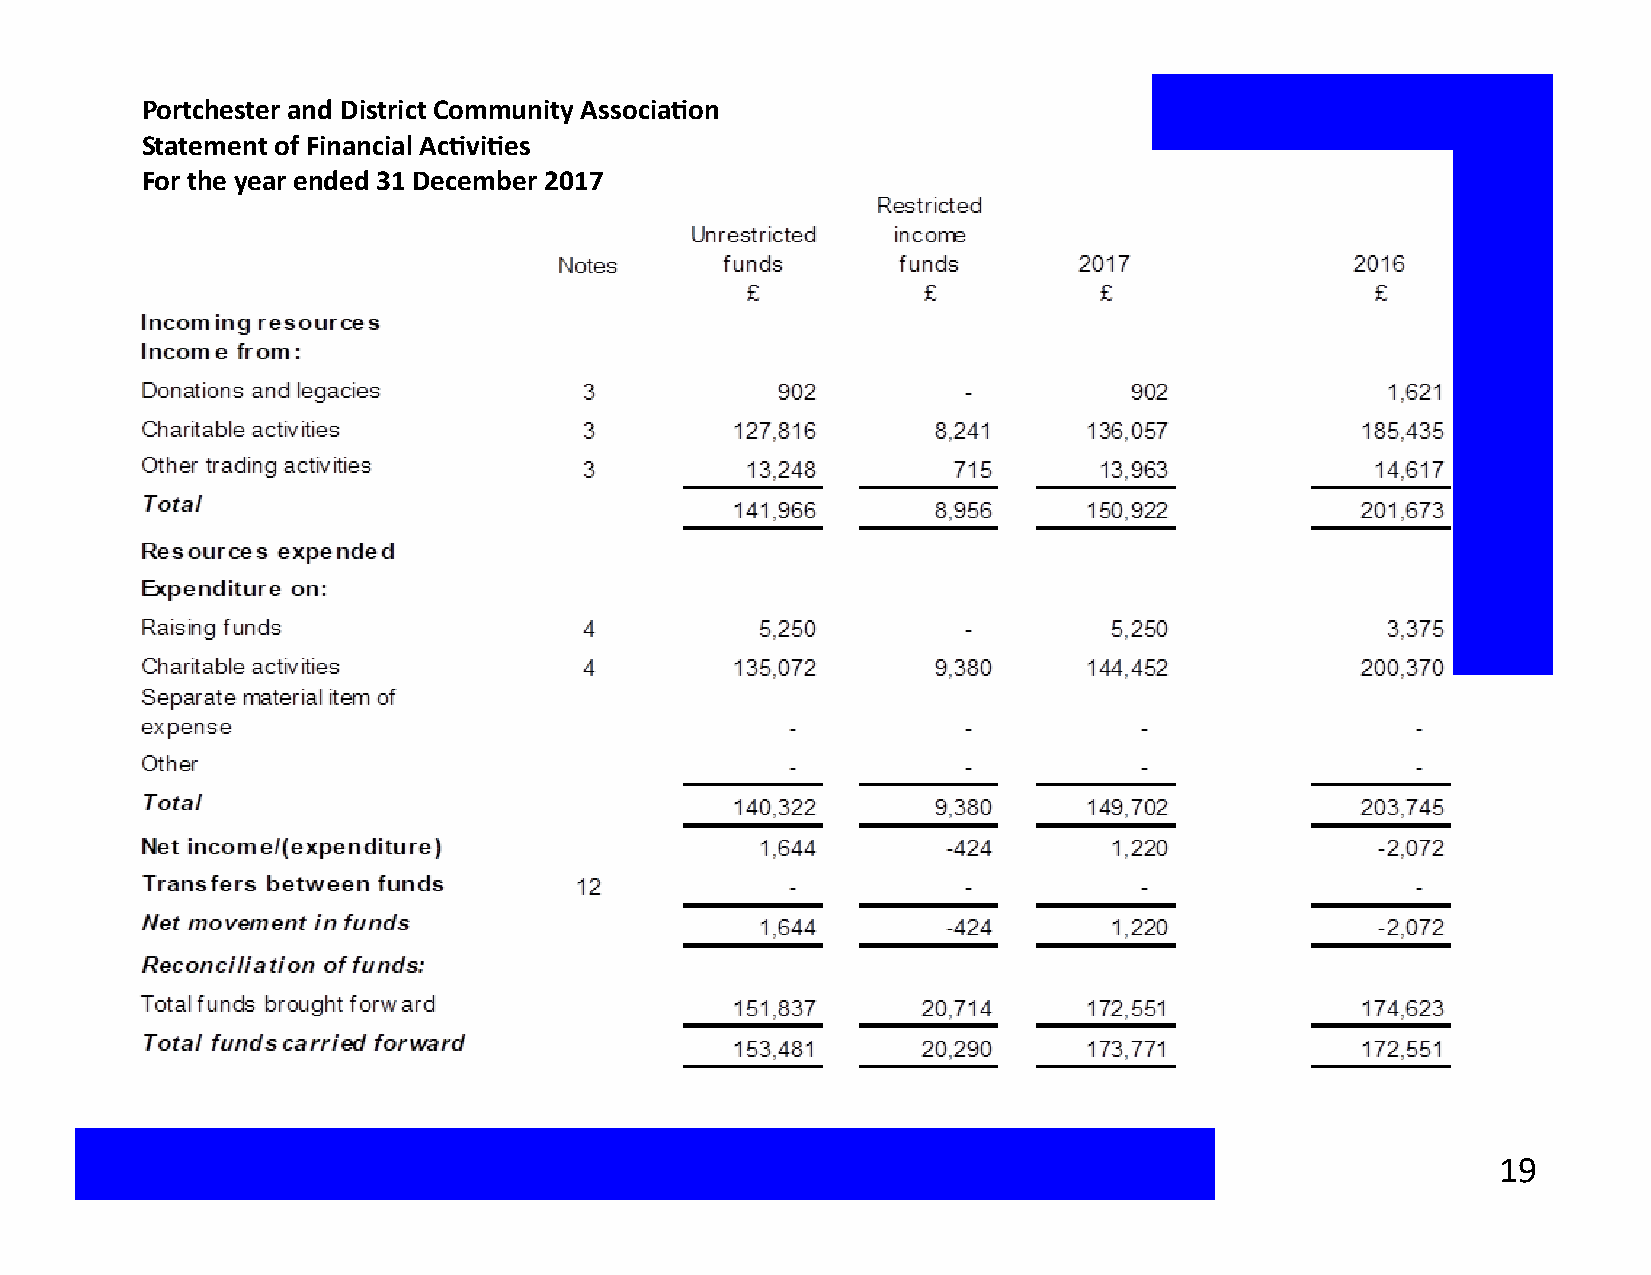
Portchester and District Community Association
 Statement of Financial Activities
 For the year ended 31 December 2017
 19